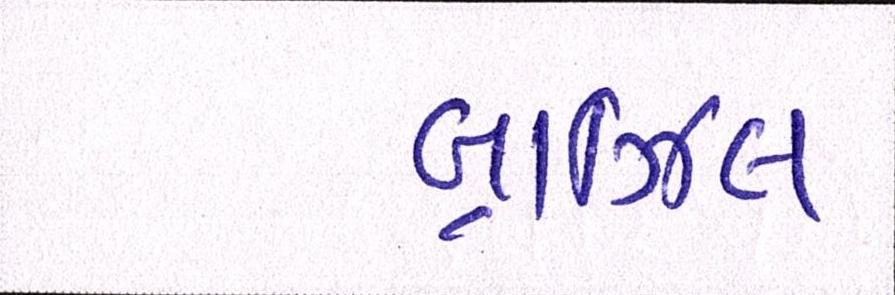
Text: બ્રાઝિલ